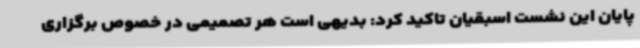
پایان این نشست اسبقیان تاکید کرد: بدیهی است هر تصمیمی در خصوص برگزاری